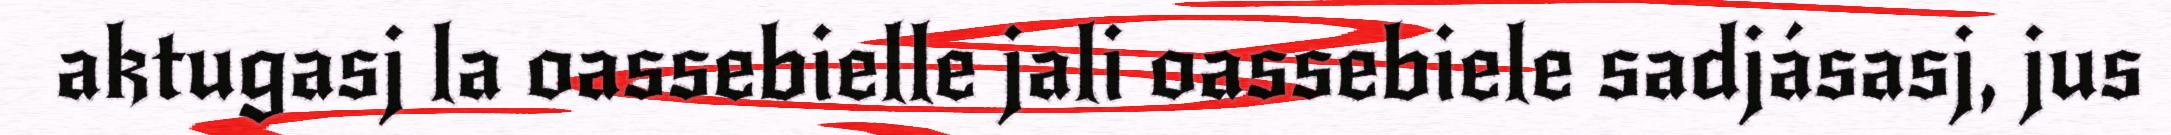
aktugasj la oassebielle jali oassebiele sadjásasj, jus